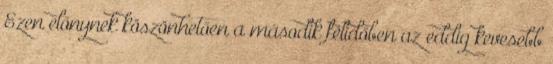
Ezen előnynek köszönhetően a második félidőben az eddig kevesebb